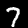
Digit: 7